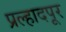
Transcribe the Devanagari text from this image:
प्रल्हादपूर